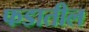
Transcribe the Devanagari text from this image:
फडातील